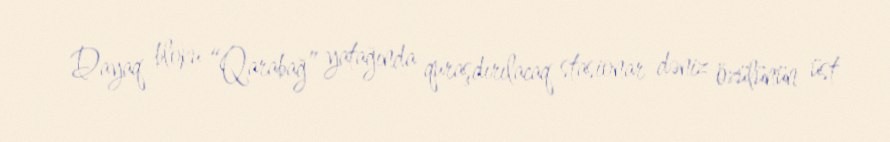
Dayaq bloku “Qarabağ” yatağında quraşdırılacaq stasionar dəniz özülünün üst